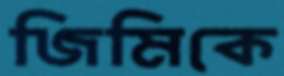
জিমিকে